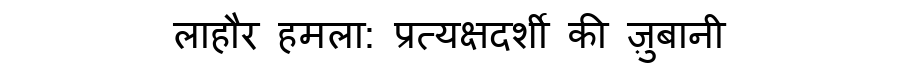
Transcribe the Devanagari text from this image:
लाहौर हमला: प्रत्यक्षदर्शी की ज़ुबानी